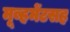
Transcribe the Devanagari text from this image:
मूव्हमेंटसह